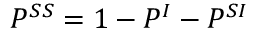
P ^ { S S } = 1 - P ^ { I } - P ^ { S I }